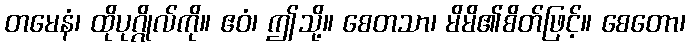
တမေနံ၊ ထိုပုဂ္ဂိုလ်ကို။ ဧဝံ၊ ဤသို့။ စေတသာ၊ မိမိ၏စိတ်ဖြင့်။ စေတော၊